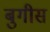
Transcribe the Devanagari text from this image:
बुगीस